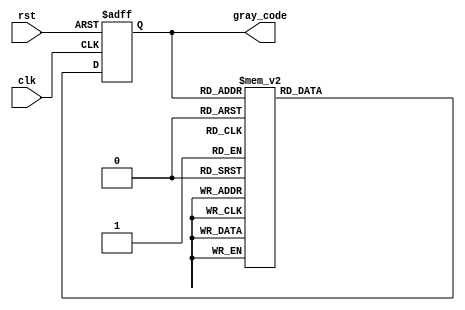
module GrayBinaryCounter(
    input wire clk,
    input wire rst,
    output reg [3:0] gray_code
);

reg [3:0] count;
reg [3:0] next_count;

always @(posedge clk or posedge rst) begin
    if (rst) begin
        count <= 4'b0000;
    end else begin
        count <= next_count;
    end
end

always @* begin
    case (count)
        4'b0000: next_count = 4'b0001;
        4'b0001: next_count = 4'b0011;
        4'b0011: next_count = 4'b0010;
        4'b0010: next_count = 4'b0110;
        4'b0110: next_count = 4'b0111;
        4'b0111: next_count = 4'b0101;
        4'b0101: next_count = 4'b0100;
        4'b0100: next_count = 4'b1100;
        4'b1100: next_count = 4'b1101;
        4'b1101: next_count = 4'b1111;
        4'b1111: next_count = 4'b1110;
        4'b1110: next_count = 4'b1010;
        4'b1010: next_count = 4'b1011;
        4'b1011: next_count = 4'b1001;
        4'b1001: next_count = 4'b1000;
        4'b1000: next_count = 4'b0000;
        default: next_count = 4'b0000;
    endcase
end

assign gray_code = count;

endmodule